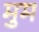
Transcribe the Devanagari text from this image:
मुम